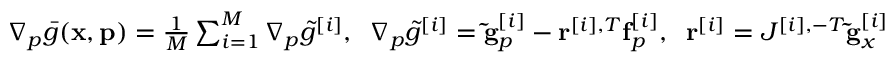
\begin{array} { r } { \nabla _ { p } \bar { g } ( \mathbf { x } , \mathbf { p } ) = \frac { 1 } { M } \sum _ { i = 1 } ^ { M } \nabla _ { p } \tilde { g } ^ { [ i ] } , \; \; \nabla _ { p } \tilde { g } ^ { [ i ] } = \mathbf { \tilde { g } } _ { p } ^ { [ i ] } - \mathbf { r } ^ { [ i ] , T } \mathbf { f } _ { p } ^ { [ i ] } , \; \; \mathbf { r } ^ { [ i ] } = J ^ { [ i ] , - T } \mathbf { \tilde { g } } _ { x } ^ { [ i ] , T } , } \end{array}